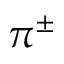
\pi ^ { \pm }